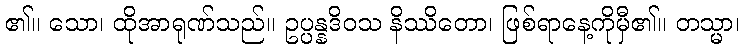
၏။ သော၊ ထိုအာရုဏ်သည်။ ဥပ္ပန္နဒိဝသ နိဿိတော၊ ဖြစ်ရာနေ့ကိုမှီ၏။ တသ္မာ၊